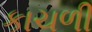
કાચળી